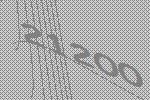
21200